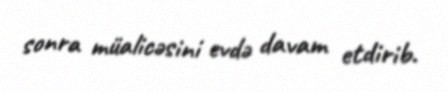
sonra müalicəsini evdə davam etdirib.